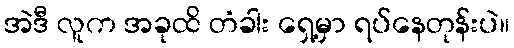
အဲဒီ လူက အခုထိ တံခါး ရှေ့မှာ ရပ်နေတုန်းပဲ။